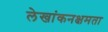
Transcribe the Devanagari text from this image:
लेखांकनक्षमता